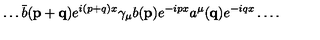
\dots \bar { b } ( { \mathbf { p + q } } ) e ^ { i ( p + q ) x } \gamma _ { \mu } b ( { \mathbf { p } } ) e ^ { - i p x } a ^ { \mu } ( { \mathbf { q } } ) e ^ { - i q x } \dots .